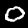
Digit: 0